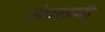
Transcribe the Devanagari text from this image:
संघटकही